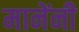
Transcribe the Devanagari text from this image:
मानेंनी